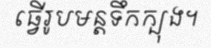
ធ្វើរូបមន្តទឹកក្បុង។